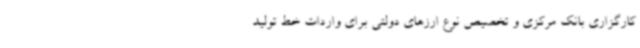
کارگزاری بانک مرکزی و تخصیص نوع ارزهای دولتی برای واردات خط تولید